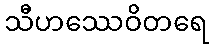
သီဟဿေဝိတရေ